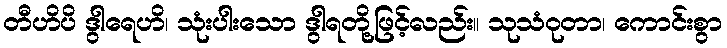
တီဟိပိ ဒွါရေဟိ၊ သုံးပါးသော ဒွါရတို့ဖြင့်လည်း။ သုသံဝုတာ၊ ကောင်းစွာ